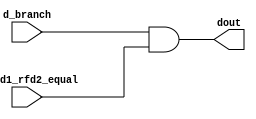
`timescale 1ns / 1ps
//////////////////////////////////////////////////////////////////////////////////
// Company: 
// Engineer: 
// 
// Design Name: 
// Module Name: sign_extension
// Project Name: 
// Target Devices: 
// Tool Versions: 
// Description: 
// 
// Dependencies: 
// 
// Revision:
// Revision 0.01 - File Created
// Additional Comments:
// 
//////////////////////////////////////////////////////////////////////////////////


module and0
/*** PARAMETERS ***/
#(parameter
    // WL
    DATA_WL     = 32
)
/*** IN/OUT ***/
(
    // IN
    input   d_rfd1_rfd2_equal,
            d_branch,
    // OUT
    output  dout
);

assign dout = d_branch & d_rfd1_rfd2_equal;

endmodule